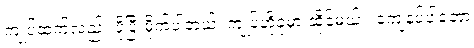
ကျုပ်ထက်လည်း ပိုပြီးမိုက်ပါတယ်၊ ကျုပ်ဟိုခုံမှာ ထိုင်မယ် ၊ ကျေနပ်ပါတော့